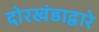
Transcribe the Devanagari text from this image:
दोरखंडाद्वारे